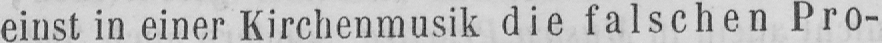
einst in einer Kirchenmusik die falschen Pro-